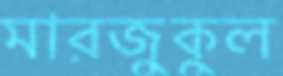
মারজুকুল